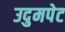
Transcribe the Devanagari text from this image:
उदुमपेट